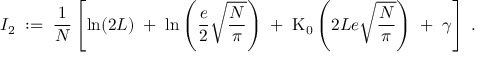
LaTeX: I _ { 2 } \; : = \; \frac { 1 } { N } \left[ \ln ( 2 L ) \; + \; \ln \left( \frac { e } { 2 } \sqrt { \frac { N } { \pi } } \right) \; + \; \mathrm { K } _ { 0 } \left( 2 L e \sqrt { \frac { N } { \pi } } \right) \; + \; \gamma \right] \; .